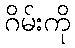
ဂိမ်းကို